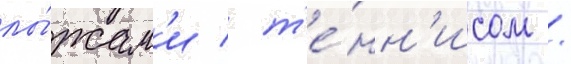
лы́жам'и / т'е́нн'исом /